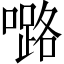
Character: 𡀔